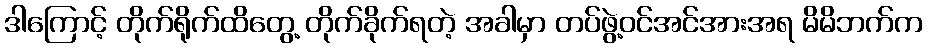
ဒါကြောင့် တိုက်ရိုက်ထိတွေ့ တိုက်ခိုက်ရတဲ့ အခါမှာ တပ်ဖွဲ့ဝင်အင်အားအရ မိမိဘက်က